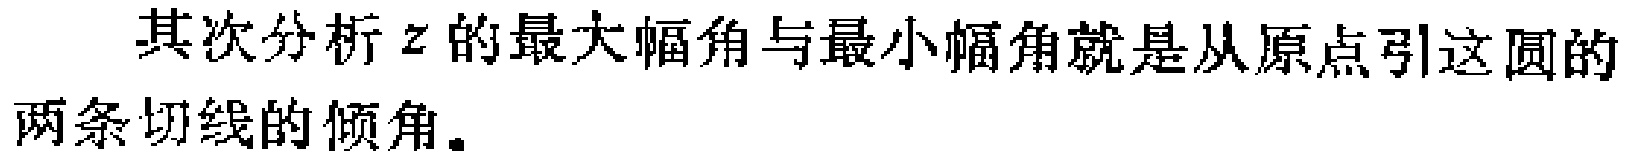
其次分析\(z\)的最大幅角与最小幅角就是从原点引这圆的两条切线的倾角。